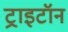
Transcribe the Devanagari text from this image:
ट्राइटॉन